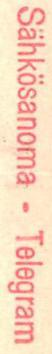
Sähkösanoma - Telegram